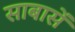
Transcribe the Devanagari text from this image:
साबासें